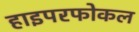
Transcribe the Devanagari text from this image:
हाइपरफोकल